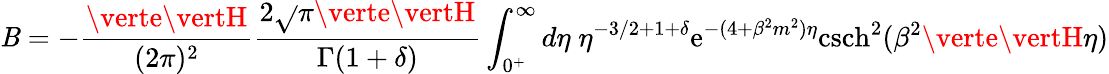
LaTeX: \mathit{B}=-\frac{{\verte\vertH}}{{(2\pi)^{2}}}\frac{{2\sqrt{}{{\pi}}\verte\vertH}}{{\Gamma(1+\delta)}}\int_{0^{+}}^{\infty}d\eta\; \eta^{-3/2+1+\delta}\mathrm{{e}}^{-(4+\beta^{2}m^{2})\eta}\mathrm{{csch}}^{2}(\beta^{2}\verte\vertH\eta)